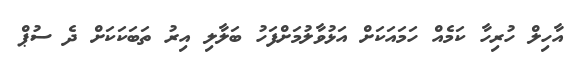
އާހިލް ހުރިހާ ކަމެއް ހަމައަކަށް އަޅުވާލުމަށްފަހު ބަލާލި އިރު ތަބަކަކަށް ދެ ސުޕް